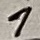
Text: 1